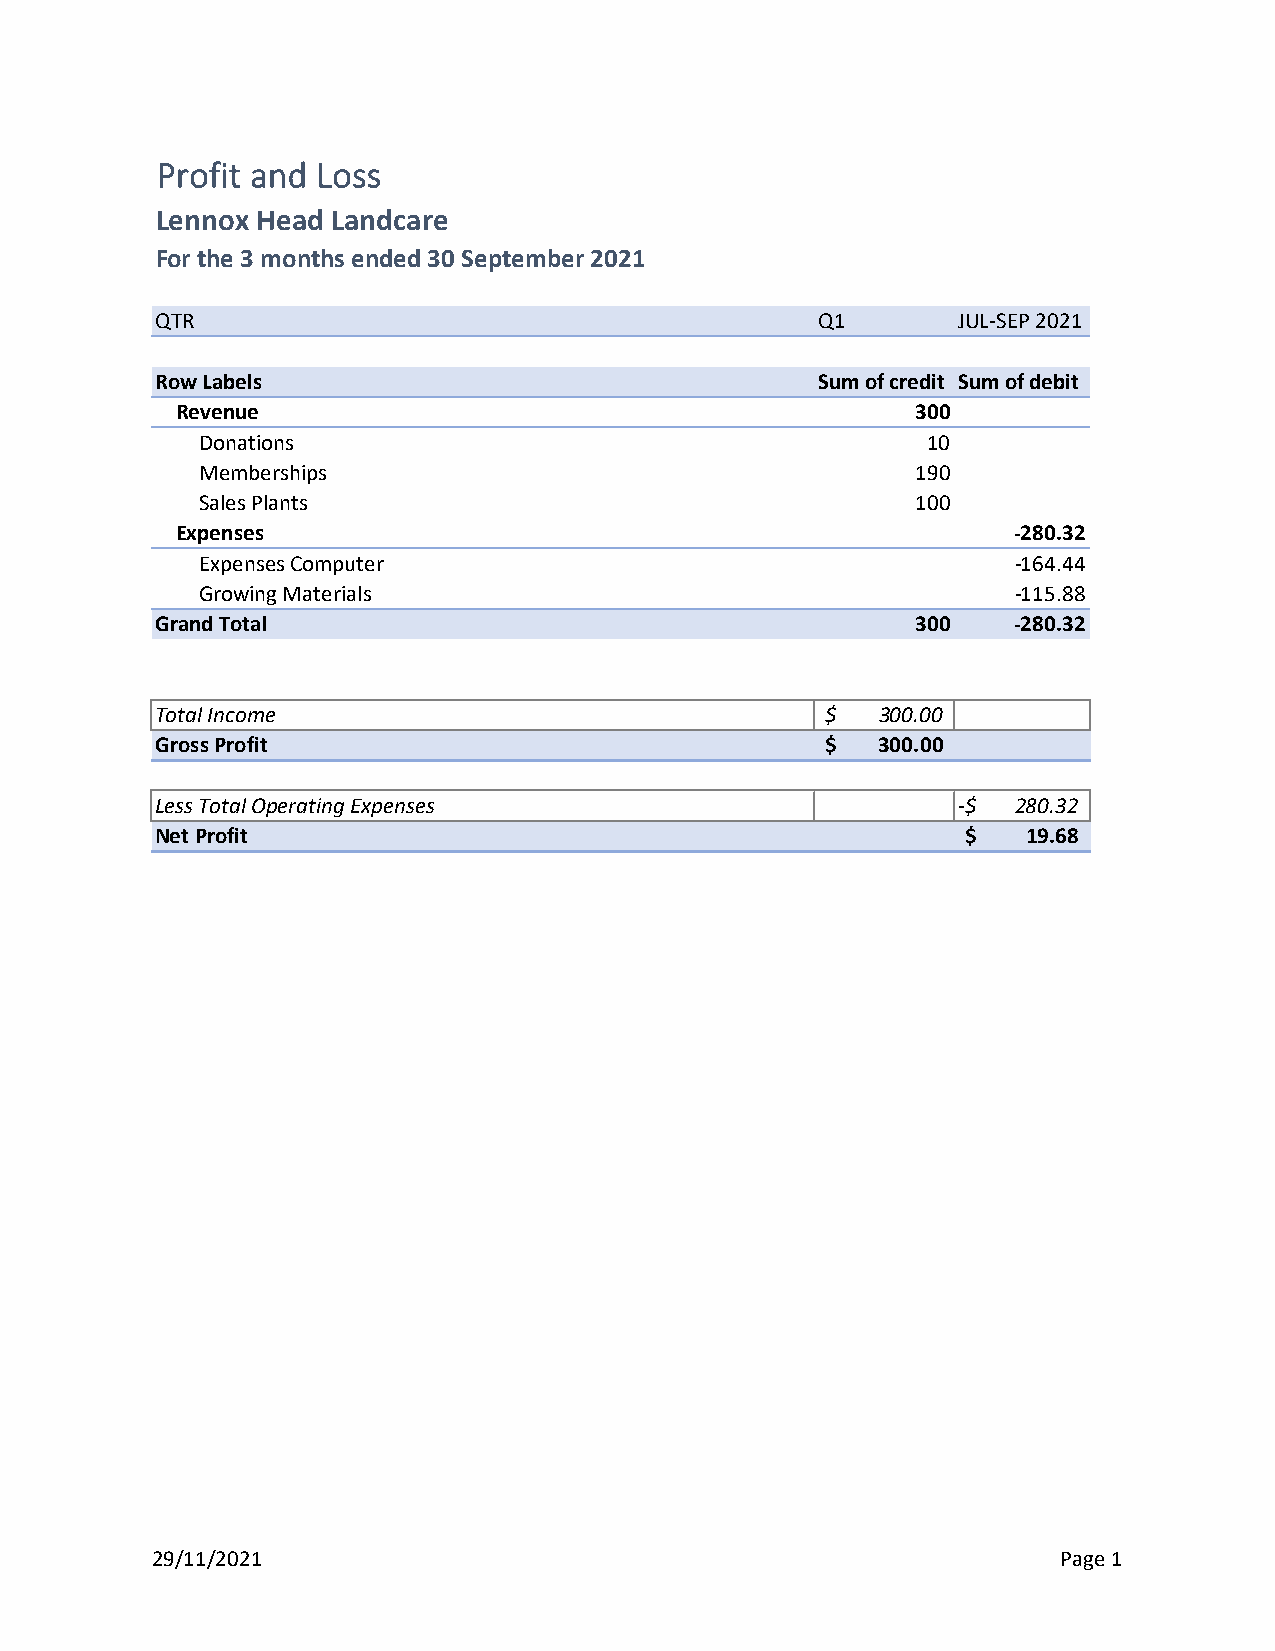
Profit and Loss
 Lennox Head Landcare
 For the 3 months ended 30 September 2021
 QTR                                         Q1       JUL-SEP 2021
 Row Labels                                  Sum of credit Sum of debit
 Revenue                                          300
 Donations                                       10
 Memberships                                     190
 Sales Plants                                    100
 Expenses                                               -280.32
 Expenses Computer                                     -164.44
 Growing Materials                                     -115.88
 Grand Total                                        300   -280.32
 Total Income                                 $  300.00
 Gross Profit                                 $  3 00.00
 Less Total Operating Expenses                        -$  280.32
 Net Profit                                            $   19.68
 29/11/2021                                                  Page 1